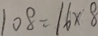
1 0 8 = 1 6 \times 8